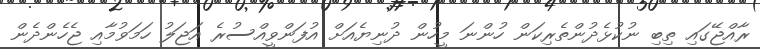
ރާއްޖޭގައި ތިބި ނުކުޅެދުންތެރިކަން ހުންނަ މީހުން ދުނިޔެއަށް އުފަންވީއްސުރެ އަޖަލު ހަމަވުމާއި ޖެހެންދެން